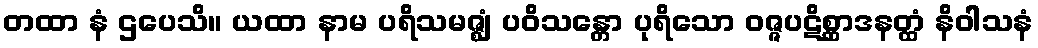
တထာ နံ ဌပေသိ။ ယထာ နာမ ပရိသမဇ္ဈံ ပဝိသန္တော ပုရိသော ဝဇ္ဇပဋိစ္ဆာဒနတ္ထံ နိဝါသနံ